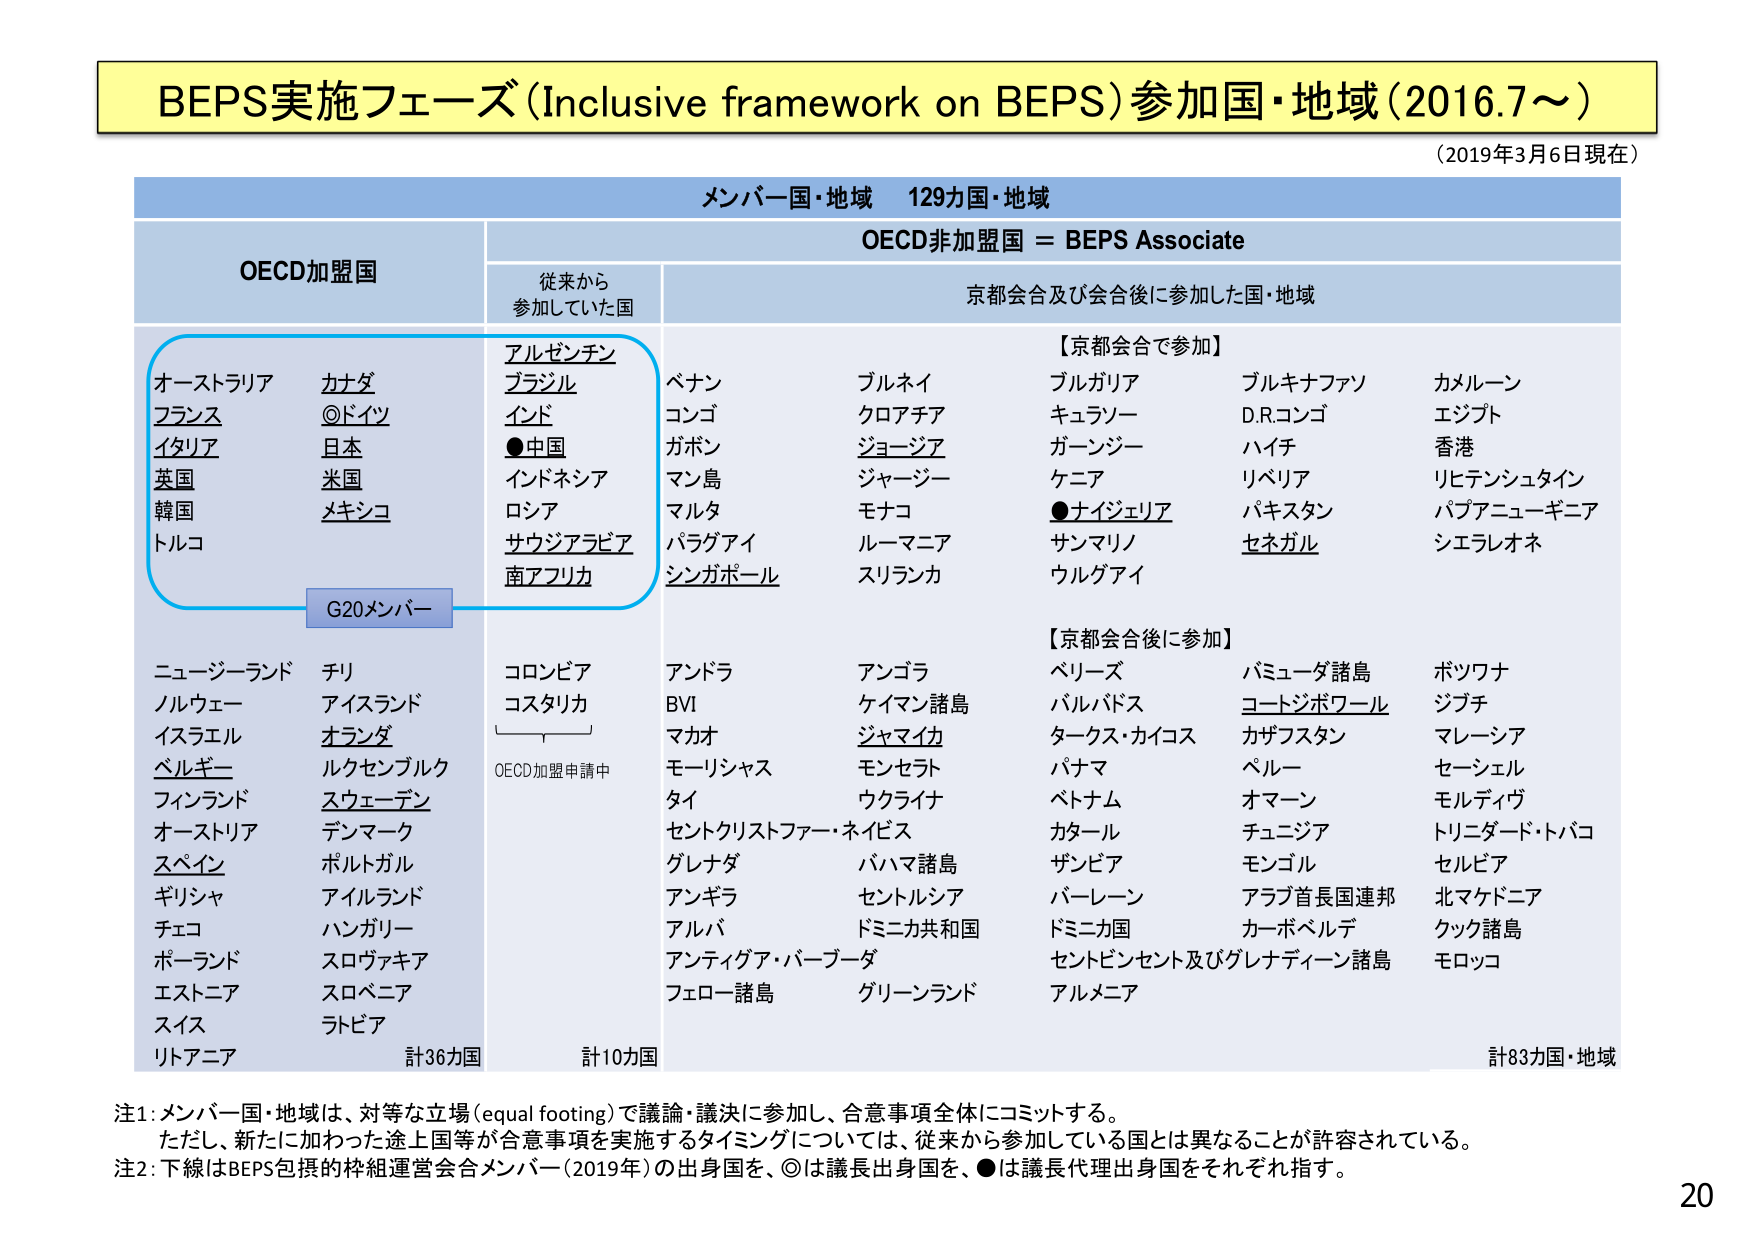
BEPS実施フェーズ（Inclusive framework on BEPS）参加国・地域（2016.7～）
（2019年3月6日現在）

メンバー国・地域　129カ国・地域

OECD加盟国
　　従来から
　　参加していた国
　　OECD非加盟国 ＝ BEPS Associate